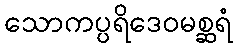
သောကပ္ပရိဒေဝမစ္ဆရံ